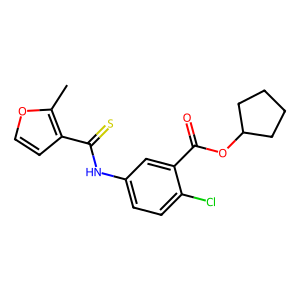
SMILES: Cc1occc1C(=S)Nc1ccc(Cl)c(C(=O)OC2CCCC2)c1
Inhibits HIV replication: Yes